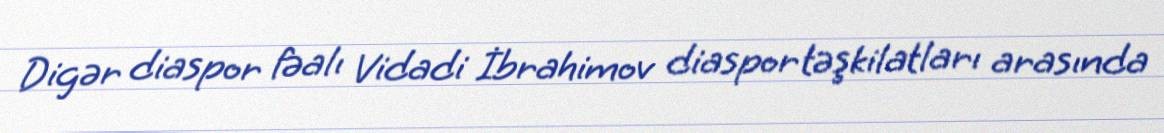
Digər diaspor fəalı Vidadi İbrahimov diaspor təşkilatları arasında